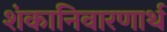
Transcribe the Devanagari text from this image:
शंकानिवारणार्थ